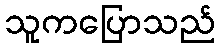
သူကပြောသည်